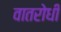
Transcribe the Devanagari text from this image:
वातरोधी